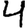
Digit: 4